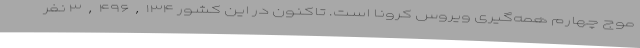
موج چهارم همه‌گیری ویروس کرونا است. تاکنون در این کشور ۳,۴۹۶,۱۳۴ نفر